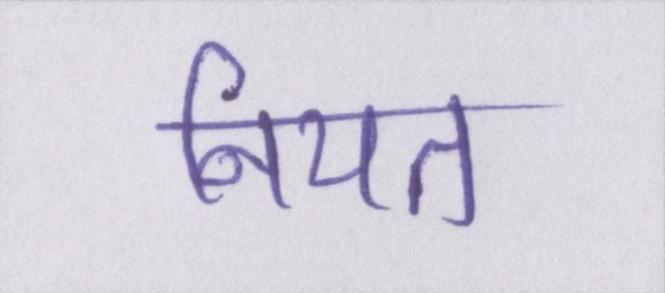
नियत